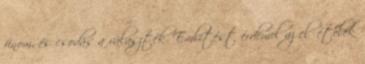
finom, és csodás a választék. Említést érdemel az előételek